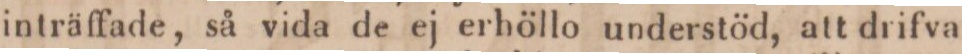
inträffade, så vida de ej erhöllo understöd, att drifva